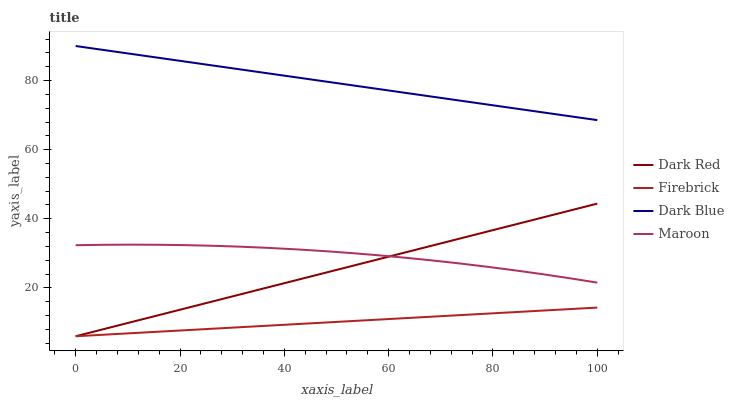
| xaxis_label | Dark Red | Firebrick | Dark Blue | Maroon |
 | --- | --- | --- | --- | --- |
 | 0 | 6 | 6 | 90 | 32.3 |
 | 5.26 | 8.02 | 6.44 | 88.9 | 32.5 |
 | 10.5 | 10 | 6.87 | 87.7 | 32.5 |
 | 15.8 | 12.1 | 7.31 | 86.6 | 32.5 |
 | 21.1 | 14.1 | 7.75 | 85.5 | 32.4 |
 | 26.3 | 16.1 | 8.18 | 84.4 | 32.2 |
 | 31.6 | 18.1 | 8.62 | 83.2 | 31.9 |
 | 36.8 | 20.1 | 9.06 | 82.1 | 31.6 |
 | 42.1 | 22.2 | 9.49 | 81 | 31.2 |
 | 47.4 | 24.2 | 9.93 | 79.8 | 30.7 |
 | 52.6 | 26.2 | 10.4 | 78.7 | 30.1 |
 | 57.9 | 28.2 | 10.8 | 77.6 | 29.5 |
 | 63.2 | 30.2 | 11.2 | 76.5 | 28.7 |
 | 68.4 | 32.3 | 11.7 | 75.3 | 27.9 |
 | 73.7 | 34.3 | 12.1 | 74.2 | 27.1 |
 | 78.9 | 36.3 | 12.6 | 73.1 | 26.1 |
 | 84.2 | 38.3 | 13 | 71.9 | 25.1 |
 | 89.5 | 40.3 | 13.4 | 70.8 | 24 |
 | 94.7 | 42.4 | 13.9 | 69.7 | 22.8 |
 | 100 | 44.4 | 14.3 | 68.6 | 21.5 |